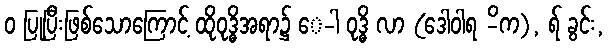
ဝ ပြုပြီးဖြစ်သောကြောင့် ထိုဝုဒ္ဓိအရာ၌ ေ-ါ ဝုဒ္ဓိ လာ (ဒေါဝါရ -ိက), ရ် ခွင်း,